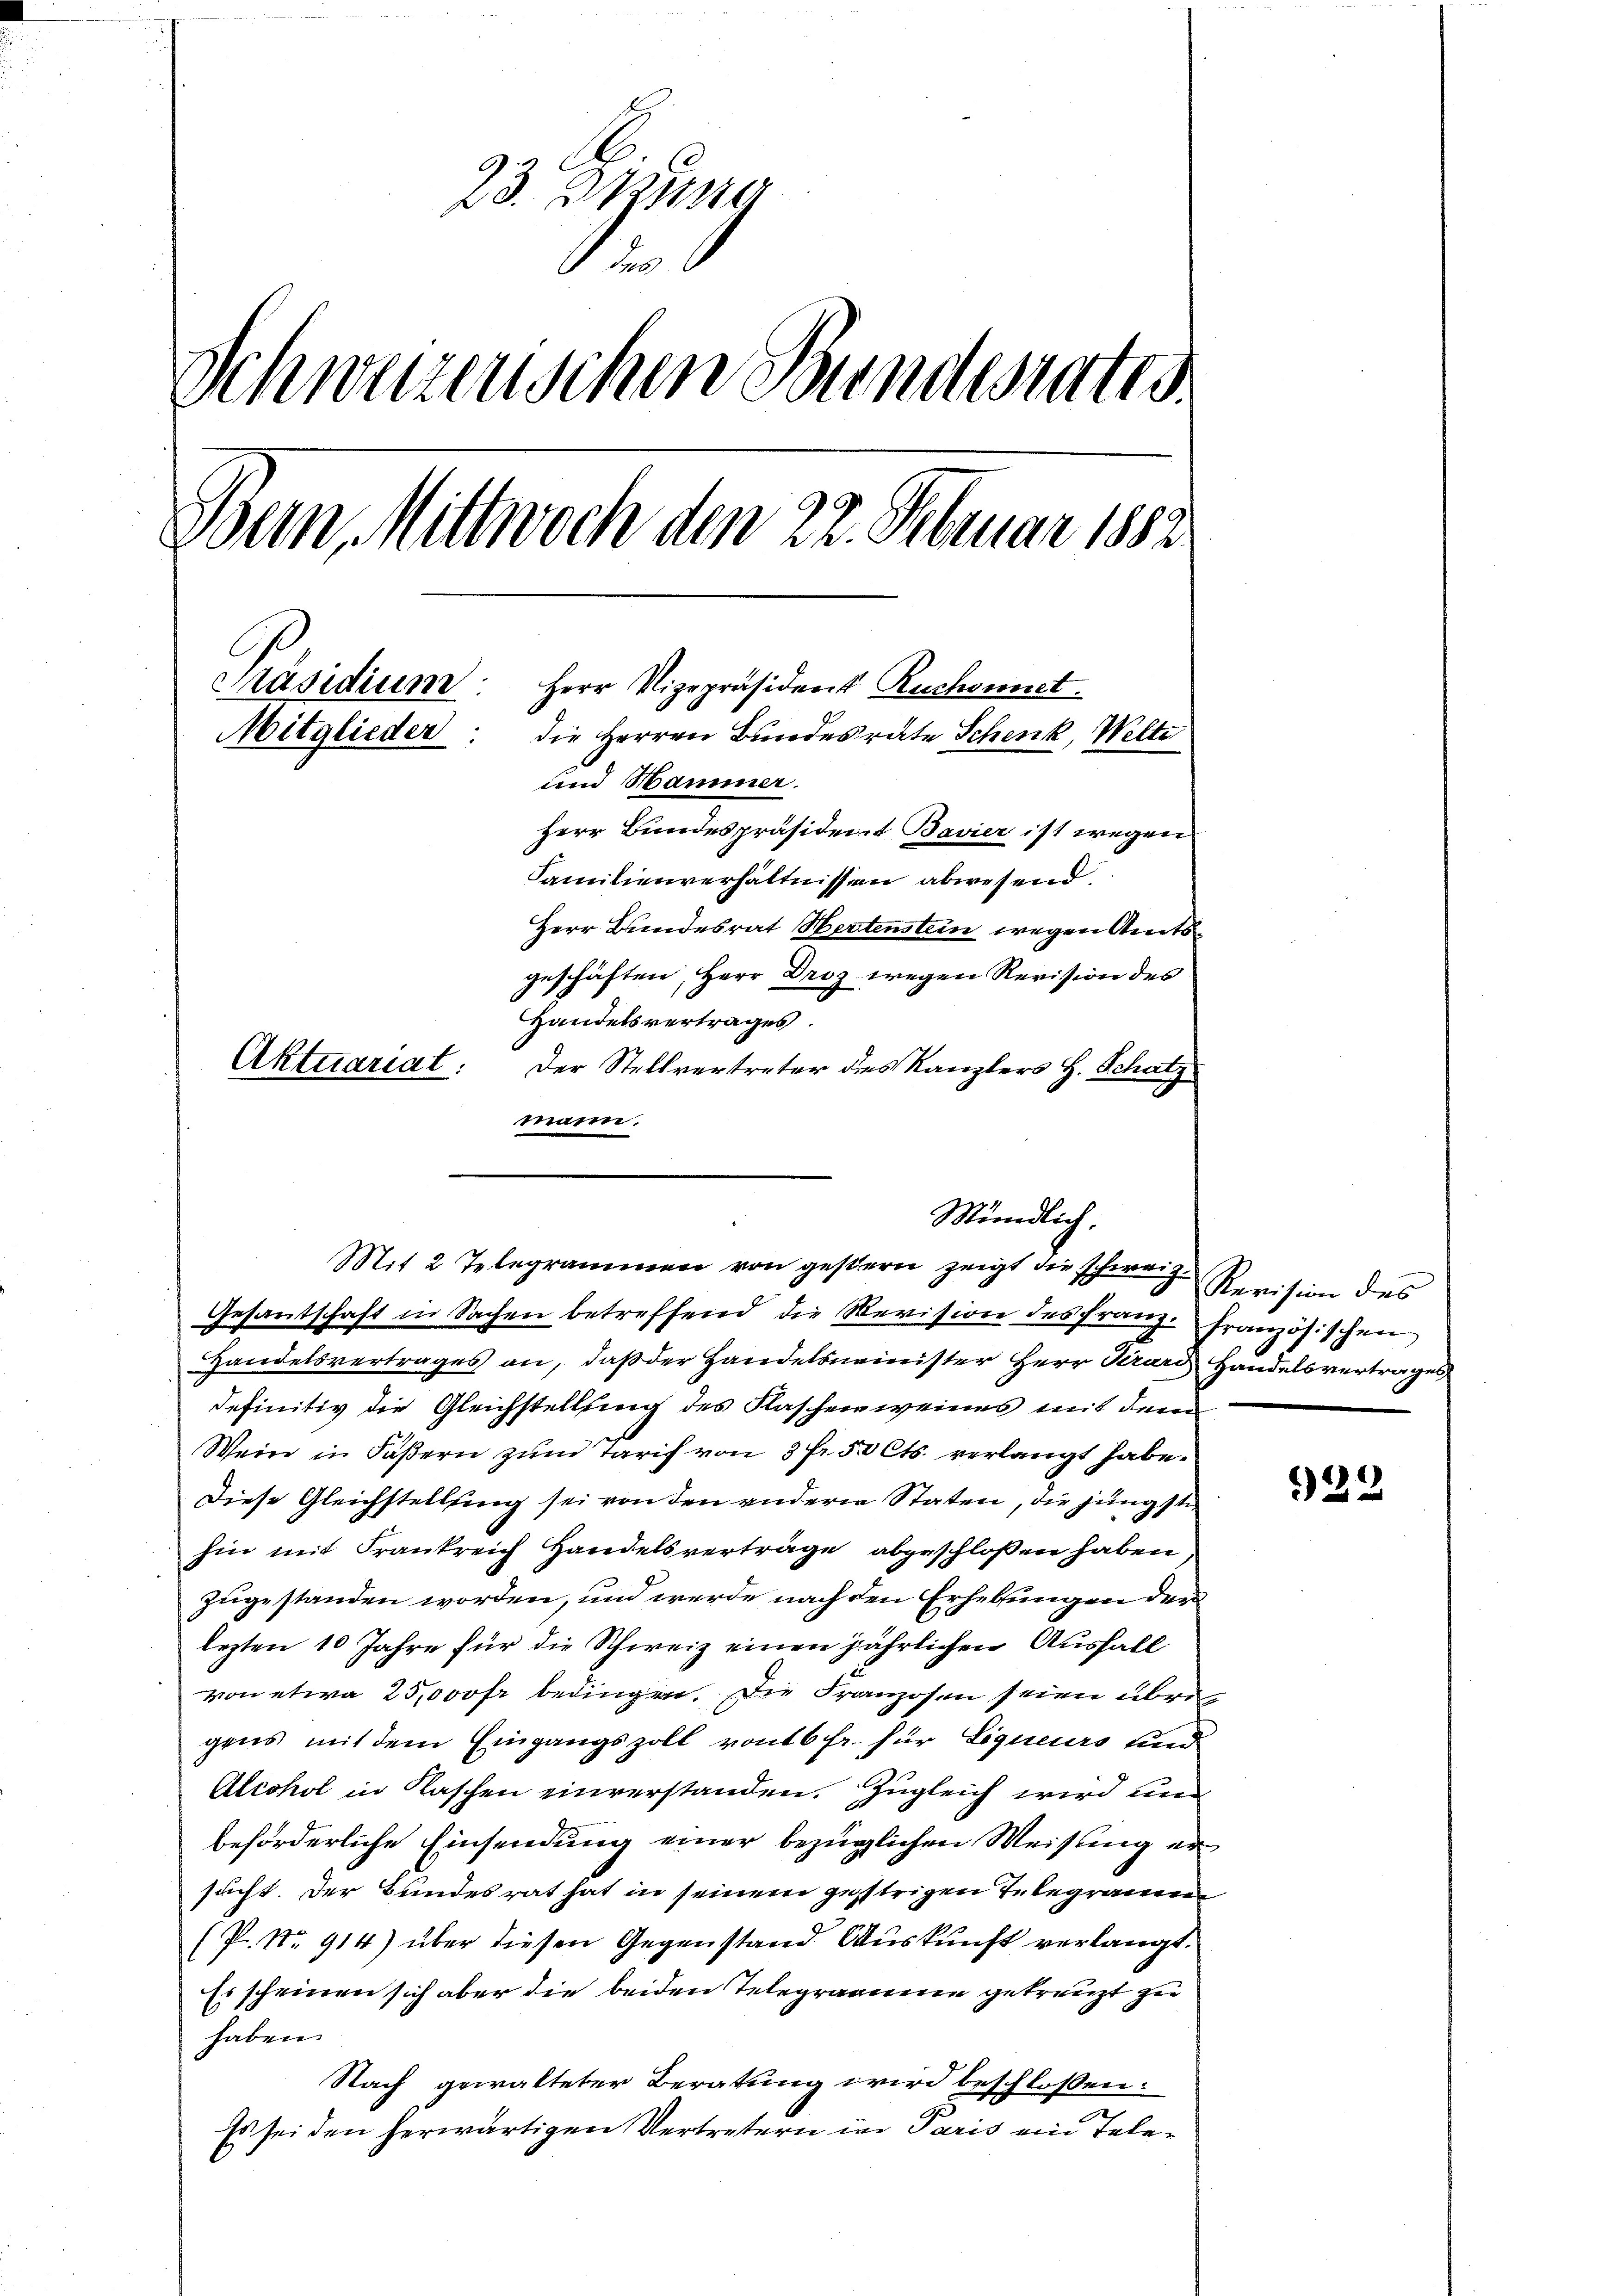
23. Jung

Schweizerischen Bundesrates
onn, Mittwoch den 22. Februar 1882
Präsidium Herr Vizepräsident Ruchonnet.
Mitglieder
die Herren Bundesrate Schenk, Welti
und Hammer.
Herr Bundespräsident Bavier ist wegen
Familienverhältnissen abwesend.
Herr Bundesrat Hertenstein wegen Amtsgeschäften, Herr Droz wegen Revision des
Handelsvertrages.
Aktuariat.
Der Stellvertreter des Kanzlers H. Schatz
mann.

Mündlich.
Mit 2 Telegrammen von gestern zeigt die schweiz. Revision des

Gesantschaft in Sachen betreffend die Revision des Franz französischen
Handelsvertrages an, daß der Handelsminister Herr Tirard Handelsvertrages
definitiv die Gleichstellung des Flaschenweines mit dem
Wein in Fasern zum Tarif von 3 fr. 50 Cts. verlangt habe.
Diese Gleichstellung sei von den anderer Staten, die jüngste
hin mit Frankreich Handelsverträge abgeschloßen haben,
zugestanden worden, und werde nach den Erhebungen der
lezten 10 Jahre für die Schweiz einen jährlichen Ausfall
von etwa 25,000 fr bedingen. Die Franzosen seien übri
gens mit dem Eingangszoll von 16 fr. für Liqueurs und
Alechol in Kaschen einverstanden. Zugleich wird und
beförderliche Einsendung einer bezüglichen Weisung ersucht. Der Bundesrat hat in seinem gestrigen Telegramm
(P. Nr. 914) über diesen Gegenstand Auskunft verlangt.
Es scheinen sich aber die beiden Telegramme getreuzt zu
haben.
Nach gewalteter Beratung wird beschlossen:
Es sei den herwärtigen Vertretern in Paris ein Tele¬

329